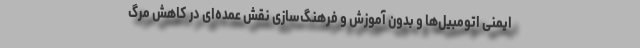
ایمنی اتومبیل‌ها و بدون آموزش و فرهنگ‌سازی نقش عمده‌ای در کاهش مرگ